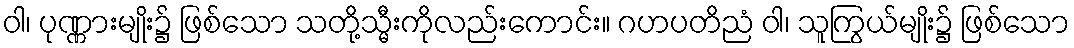
ဝါ၊ ပုဏ္ဏားမျိုး၌ ဖြစ်သော သတို့သ္မီးကိုလည်းကောင်း။ ဂဟပတိညံ ဝါ၊ သူကြွယ်မျိုး၌ ဖြစ်သော